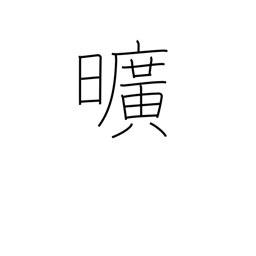
Meaning: worthless